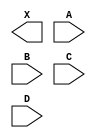
/**
 * Copyright 2020 The SkyWater PDK Authors
 *
 * Licensed under the Apache License, Version 2.0 (the "License");
 * you may not use this file except in compliance with the License.
 * You may obtain a copy of the License at
 *
 *     https://www.apache.org/licenses/LICENSE-2.0
 *
 * Unless required by applicable law or agreed to in writing, software
 * distributed under the License is distributed on an "AS IS" BASIS,
 * WITHOUT WARRANTIES OR CONDITIONS OF ANY KIND, either express or implied.
 * See the License for the specific language governing permissions and
 * limitations under the License.
 *
 * SPDX-License-Identifier: Apache-2.0
 */

`ifndef SKY130_FD_SC_HS__OR4_BLACKBOX_V
`define SKY130_FD_SC_HS__OR4_BLACKBOX_V

/**
 * or4: 4-input OR.
 *
 * Verilog stub definition (black box without power pins).
 *
 * WARNING: This file is autogenerated, do not modify directly!
 */

`timescale 1ns / 1ps
`default_nettype none

(* blackbox *)
module sky130_fd_sc_hs__or4 (
    X,
    A,
    B,
    C,
    D
);

    output X;
    input  A;
    input  B;
    input  C;
    input  D;

    // Voltage supply signals
    supply1 VPWR;
    supply0 VGND;

endmodule

`default_nettype wire
`endif  // SKY130_FD_SC_HS__OR4_BLACKBOX_V